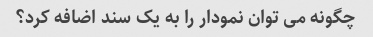
چگونه می توان نمودار را به یک سند اضافه کرد؟